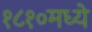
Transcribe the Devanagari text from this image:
१८१०मध्ये